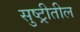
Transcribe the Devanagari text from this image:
सुष्ट्रीतील